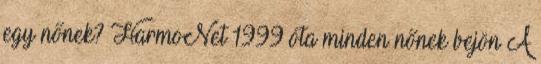
egy nőnek? HarmoNet 1999 óta minden nőnek bejön A